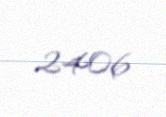
2406